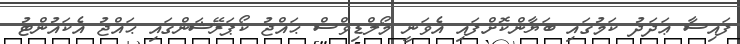
ފައިސާ ޢަދަދު ކަމުގައި ބަޔާންކޮށްފައި އެވަނީ މޯލްޑިވްސް ޙައްޖު ކޯޕަރޭޝަންގައި ޙައްޖު އެކައުންޓު